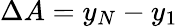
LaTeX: \Delta A=y_{N}-y_{1}